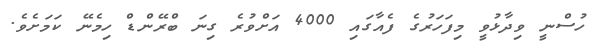
ހުސްނީ ވިދާޅުވީ މިފަހަރުގެ ފެއާގައި 4000 އަށްވުރެ ގިނަ ބްރޭންޑް ހިމެނޭ ކަމަށެވެ.